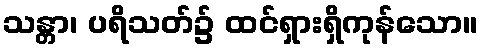
သန္တာ၊ ပရိသတ်၌ ထင်ရှားရှိကုန်သော။